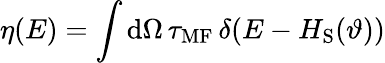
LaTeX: \eta(E)=\int\mathrm{d}\Omega\, \tau_{\mathrm{MF}}\, \delta(E-H_{\mathrm{S}}(\vartheta))